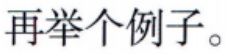
再举个例子。